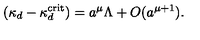
( \kappa _ { d } - \kappa _ { d } ^ { \mathrm { c r i t } } ) = a ^ { \mu } \Lambda + O ( a ^ { \mu + 1 } ) .